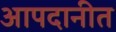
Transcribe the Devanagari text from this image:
आपदानीत